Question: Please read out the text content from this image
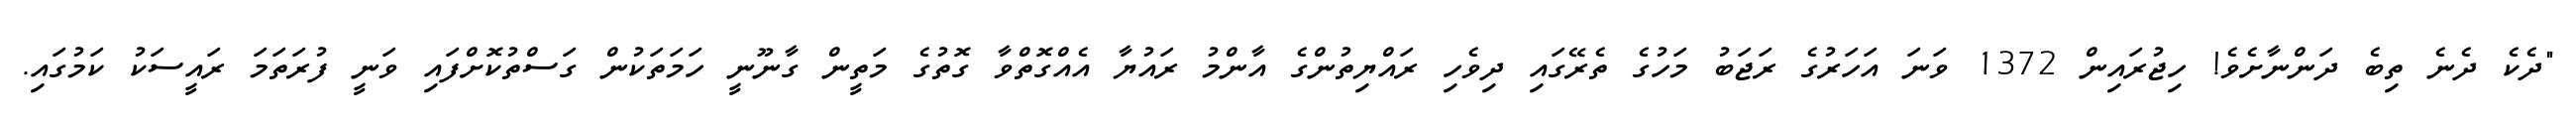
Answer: "ދެކެ ދެނެ ތިބެ ދަންނާށެވެ! ހިޖުރައިން 1372 ވަނަ އަހަރުގެ ރަޖަބު މަހުގެ ތެރޭގައި ދިވެހި ރައްޔިތުންގެ އާންމު ރައުޔާ އެއްގޮތްވާ ގޮތުގެ މަތީން ގާނޫނީ ހަމަތަކުން ގަސްތުކޮށްފައި ވަނީ ފުރަތަމަ ރައީސަކު ކަމުގައި.